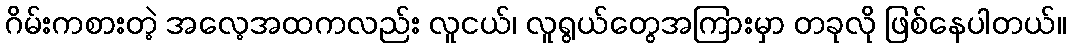
ဂိမ်းကစားတဲ့ အလေ့အထကလည်း လူငယ်၊ လူရွယ်တွေအကြားမှာ တခုလို ဖြစ်နေပါတယ်။